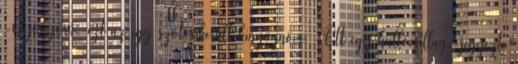
-Gyönyörű.-ezt az egy szót sikerült kinyögnöm. -Ott egy hullócsillag.-jegyezte